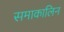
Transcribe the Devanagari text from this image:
समाकालिन